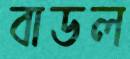
বাডল